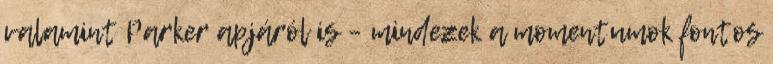
valamint Parker apjáról is – mindezek a momentumok fontos